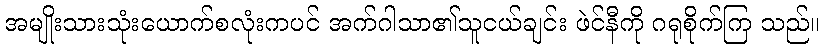
အမျိုးသားသုံးယောက်စလုံးကပင် အက်ဂါသာ၏သူငယ်ချင်း ဖဲင်နီကို ဂရုစိုက်ကြ သည်။